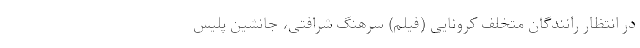
در انتظار رانندگان متخلف کرونایی (فیلم) سرهنگ شرافتی، جانشین پلیس